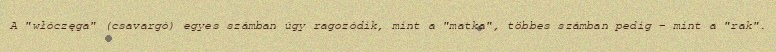
A "włóczęga" (csavargó) egyes számban úgy ragozódik, mint a "matka", többes számban pedig – mint a "rak".